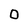
Character: 0